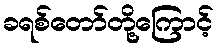
ခရစ်တော်တို့ကြောင့်